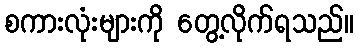
စကားလုံးများကို တွေ့လိုက်ရသည်။